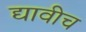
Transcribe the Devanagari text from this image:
द्यावीच